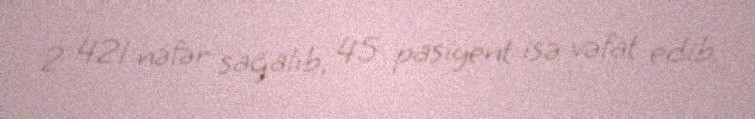
2 421 nəfər sağalıb, 45 pasiyent isə vəfat edib.